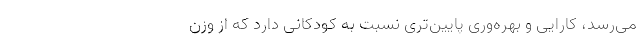
می‌رسد، کارایی و بهره‌وری پایین‌تری نسبت به کودکانی دارد که از وزن